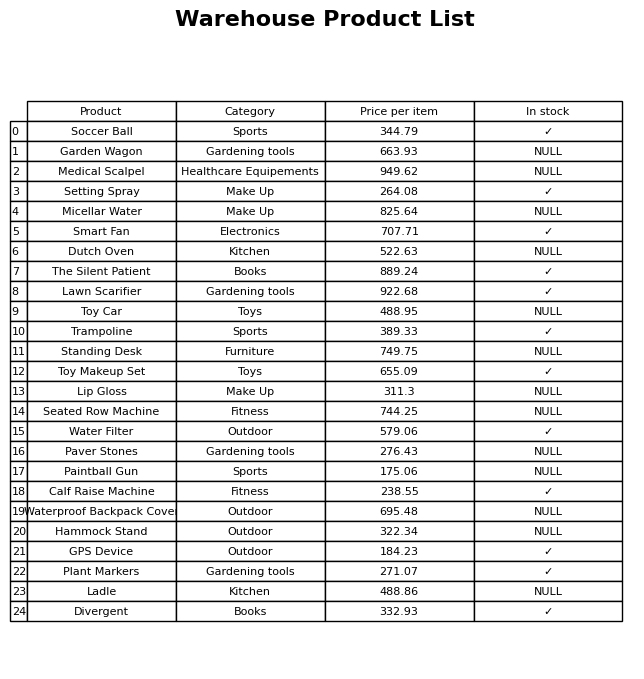
question: What is the stock status of the Soccer Ball?
answer: ✓